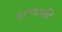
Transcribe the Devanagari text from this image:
वाऱ्यापरि